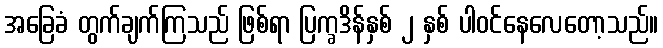
အခြေခံ တွက်ချက်ကြသည် ဖြစ်ရာ ပြက္ခဒိန်နှစ် ၂ နှစ် ပါဝင်နေလေတော့သည်။